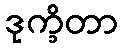
ဒုက္ခိတာ